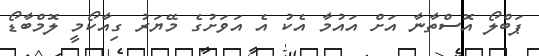
ޕަބްލޯ އޮސްތާނާ އަށް އައުމާ އެކު އެ އަވަށުގެ މޭޔަރު ގިއާކޯމީ ލޮމްބާޑޯ